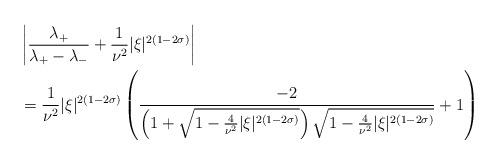
LaTeX: \begin{align*} & \left|\frac{\lambda_{+}}{\lambda_{+} - \lambda_{-}}+ \frac{1}{\nu^{2}} |\xi|^{2(1-2 \sigma)}\right| \\& = \frac{1}{\nu^{2}} |\xi|^{2(1-2 \sigma)}\left(\frac{-2}{\left(1+ \sqrt{1-\frac{4}{\nu^{2}}|\xi|^{2(1-2\sigma)}}\right)\sqrt{1-\frac{4}{\nu^{2}}|\xi|^{2(1-2\sigma)}}}+1\right)\end{align*}